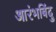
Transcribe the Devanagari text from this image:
आरंभबिंदु